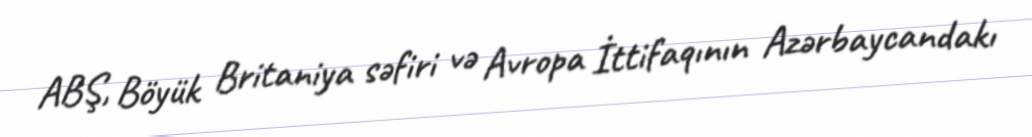
ABŞ, Böyük Britaniya səfiri və Avropa İttifaqının Azərbaycandakı